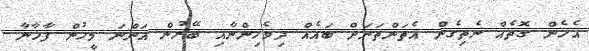
އެހެން ގޮތެއް ނެތިގެން އެތަންތަނަށް ބައެއް ދިވެހިންނާއި ބޭރުން އަންނަ މީހުން ފާޚާނާ